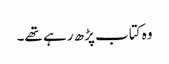
وہ کتاب پڑھ رہے تھے۔